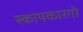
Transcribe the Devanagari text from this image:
स्कायकारगो